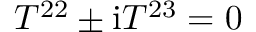
T ^ { 2 2 } \pm \mathrm { i } T ^ { 2 3 } = 0